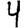
Digit: 4